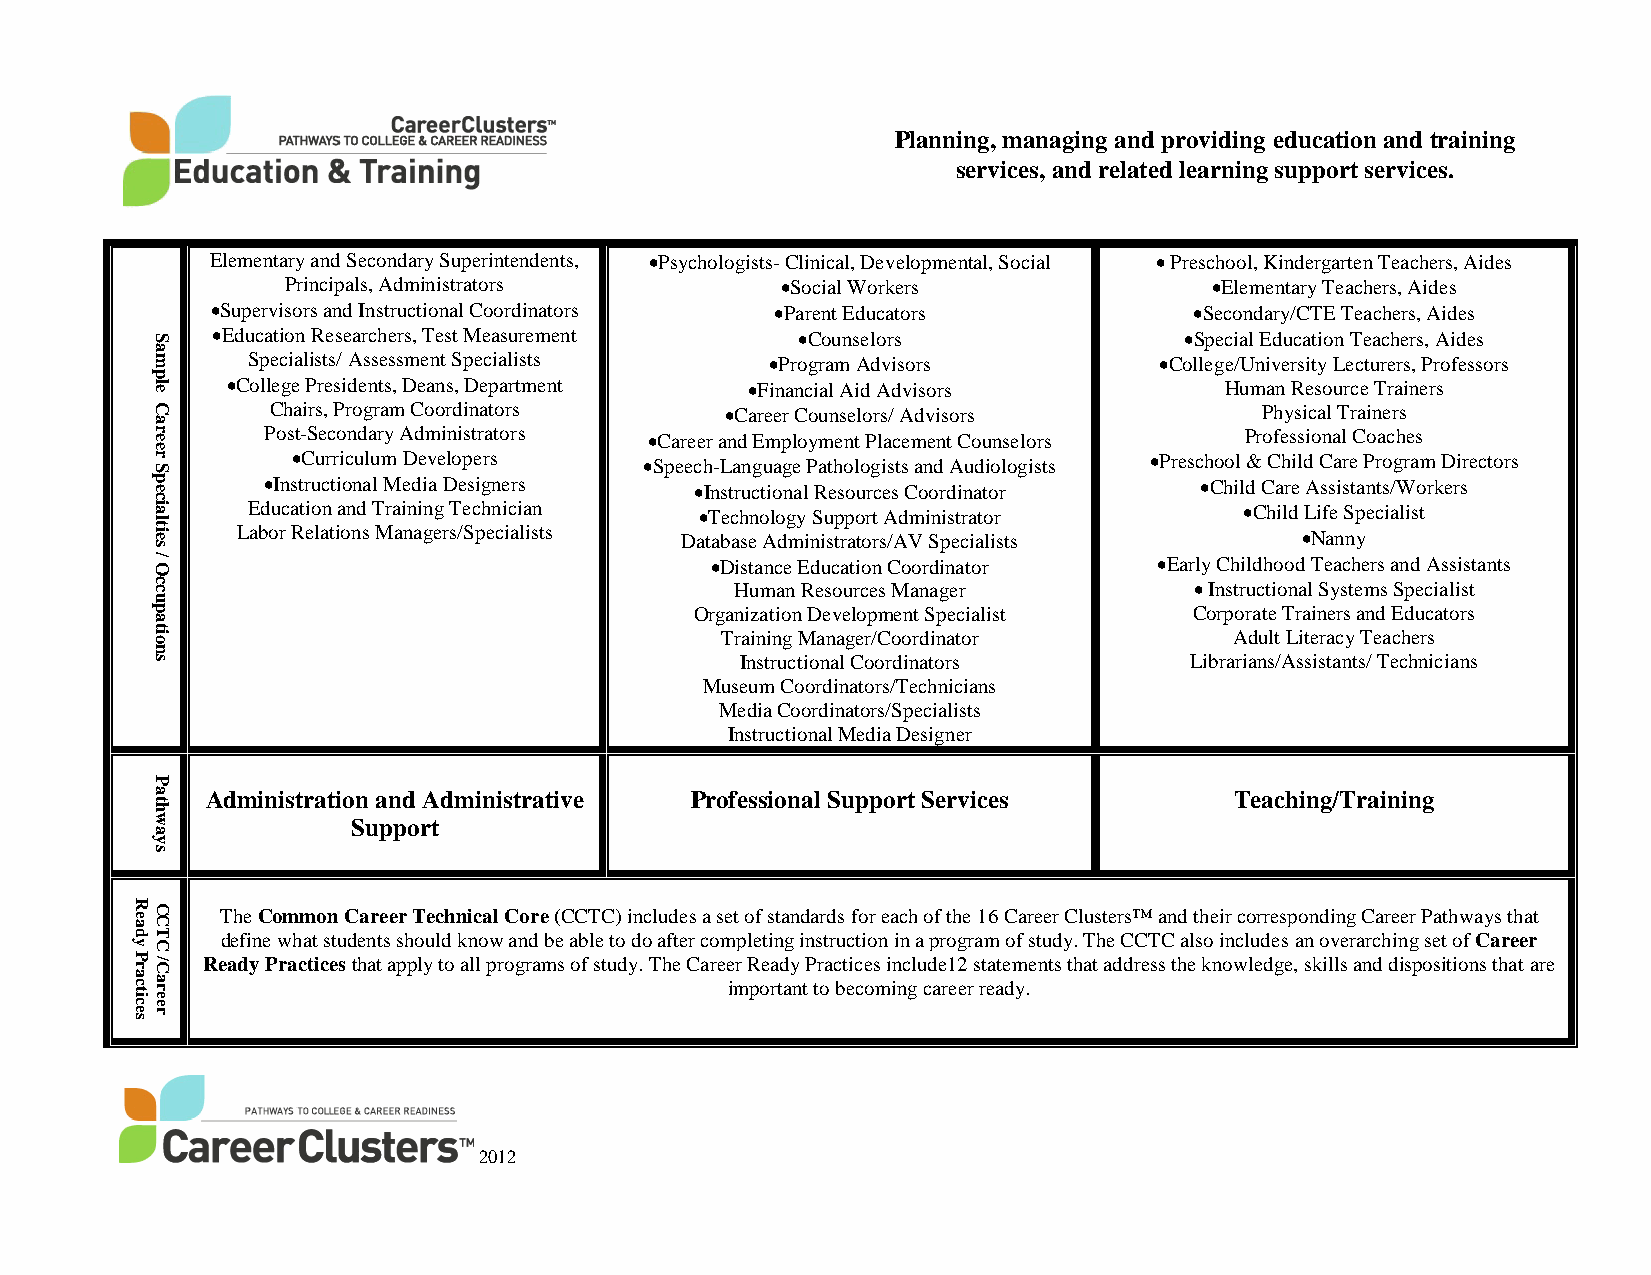
Planning, managing and providing education and training
 services, and related learning support services.
 Elementary and Secondary Superintendents, •Psychologists- Clinical, Developmental, Social • Preschool, Kindergarten Teachers, Aides
 Principals, Administrators       •Social Workers             •Elementary Teachers, Aides
 •Supervisors and Instructional Coordinators •Parent Educators    •Secondary/CTE Teachers, Aides
 •Education Researchers, Test Measurement •Counselors            •Special Education Teachers, Aides
 Specialists/ Assessment Specialists •Program Advisors        •College/University Lecturers, Professors
 •College Presidents, Deans, Department •Financial Aid Advisors    Human Resource Trainers
 Chairs, Program Coordinators  •Career Counselors/ Advisors       Physical Trainers
 Post-Secondary Administrators •Career and Employment Placement Counselors Professional Coaches
 •Curriculum Developers  •Speech-Language Pathologists and Audiologists •Preschool & Child Care Program Directors
 •Instructional Media Designers •Instructional Resources Coordinator •Child Care Assistants/Workers
 Education and Training Technician •Technology Support Administrator •Child Life Specialist
 Labor Relations Managers/Specialists Database Administrators/AV Specialists •Nanny
 •Distance Education Coordinator •Early Childhood Teachers and Assistants
 Human Resources Manager       • Instructional Systems Specialist
 Organization Development Specialist Corporate Trainers and Educators
 Training Manager/Coordinator      Adult Literacy Teachers
 Instructional Coordinators    Librarians/Assistants/ Technicians
 Museum Coordinators/Technicians
 Media Coordinators/Specialists
 Instructional Media Designer
 Administration and Administrative Professional Support Services     Teaching/Training
 Support
 The Common Career Technical Core (CCTC) includes a set of standards for each of the 16 Career Clusters™ and their corresponding Career Pathways that
 define what students should know and be able to do after completing instruction in a program of study. The CCTC also includes an overarching set of Career
 Ready Practices that apply to all programs of study. The Career Ready Practices include12 statements that address the knowledge, skills and dispositions that are
 important to becoming career ready.
 2012
 Ready
 Practices
 Sample
 Career
 Specialties
 / Occupations
 Pathways
 CCTC
 /Career